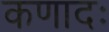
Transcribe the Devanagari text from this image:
कणादः